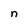
Character: n